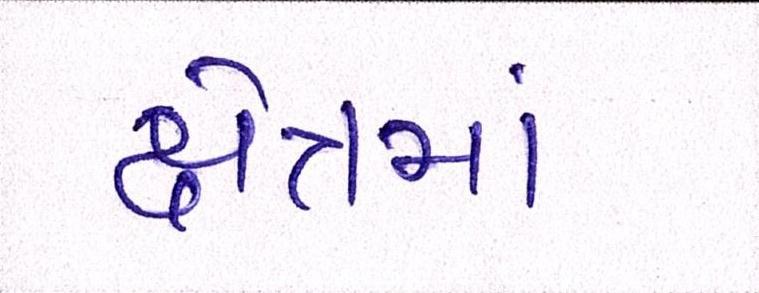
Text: ક્ષેત્રમાં